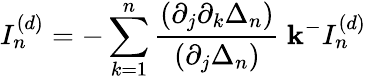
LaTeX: I_{n}^{(d)}=-\sum_{k=1}^{n}\frac{(\partial_{j}\partial_{k}\Delta_{n})}{(\partial_{j}\Delta_{n})}~{\mathbf k^{-}}I_{n}^{(d)}